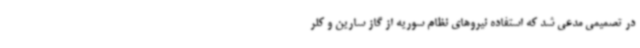
در تصمیمی مدعی شد که استفاده نیروهای نظام سوریه از گاز سارین و کلر